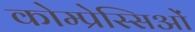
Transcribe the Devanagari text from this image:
कोम्प्रेस्सिओं